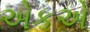
એકએ